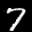
Digit: 7